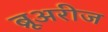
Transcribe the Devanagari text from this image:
ब्रूअरीज